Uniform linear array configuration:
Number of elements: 12
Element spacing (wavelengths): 0.75
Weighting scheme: cosine
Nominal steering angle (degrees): -60
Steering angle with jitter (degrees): -61.866
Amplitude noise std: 0.05
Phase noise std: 0.05

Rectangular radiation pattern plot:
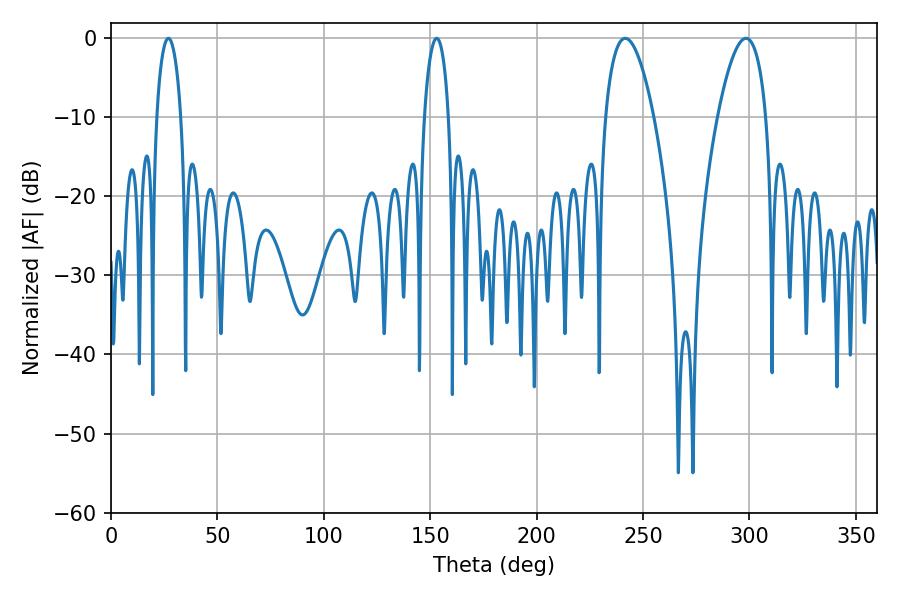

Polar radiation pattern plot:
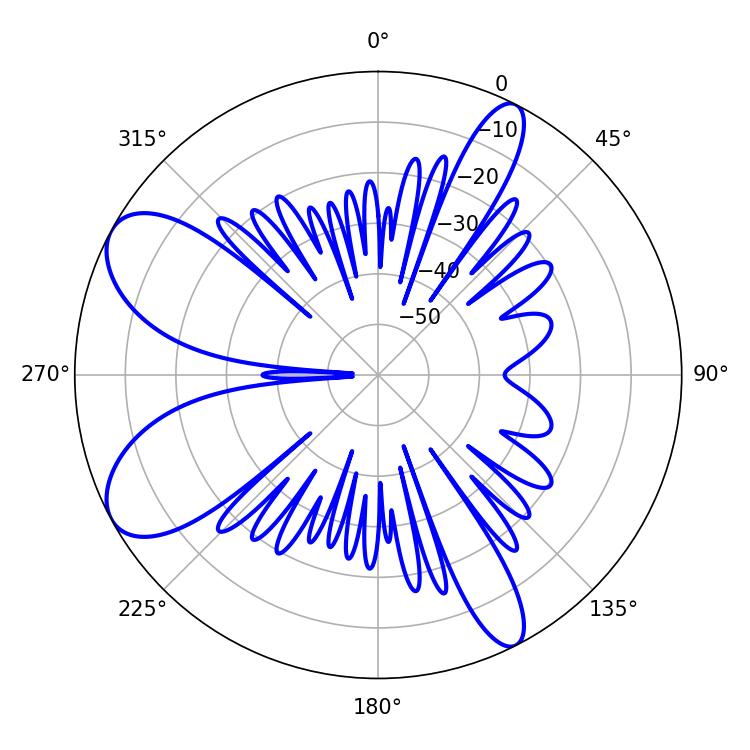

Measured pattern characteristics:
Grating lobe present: TRUE
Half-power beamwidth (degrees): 6.48
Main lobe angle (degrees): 27